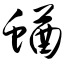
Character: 蝤